65_HS1-834228961_62-HQ-83894_Section_5
Agency: FBI
Page 96
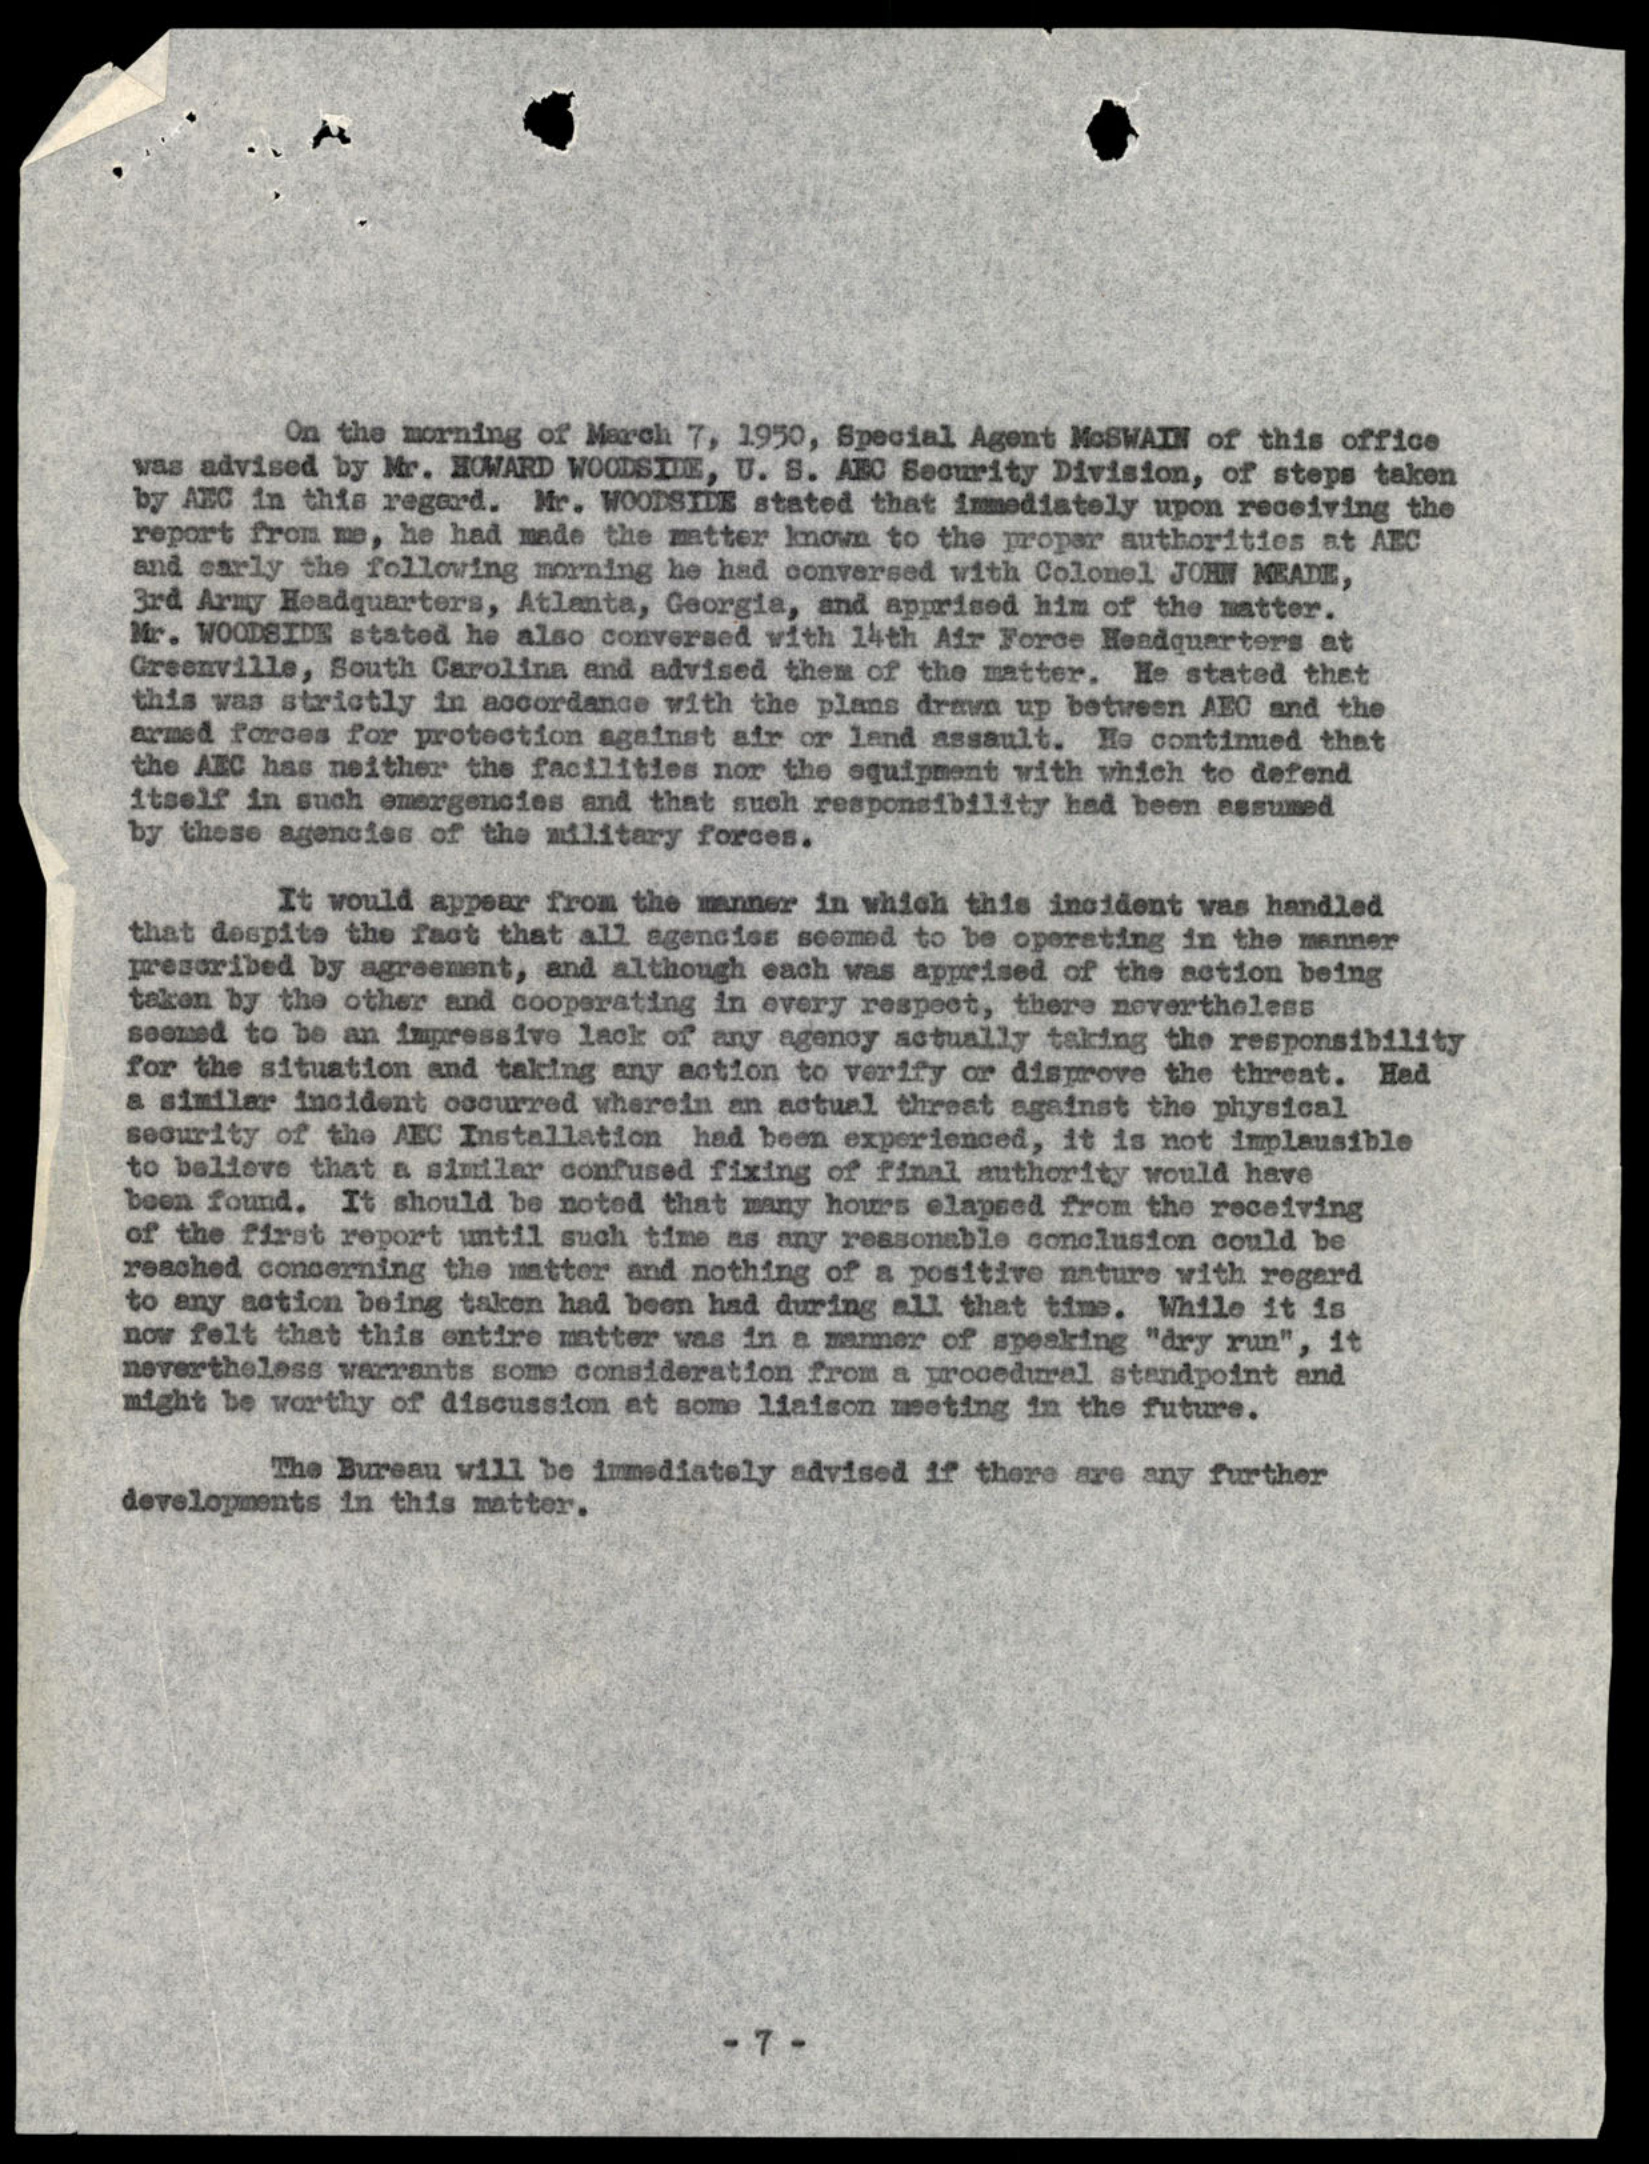